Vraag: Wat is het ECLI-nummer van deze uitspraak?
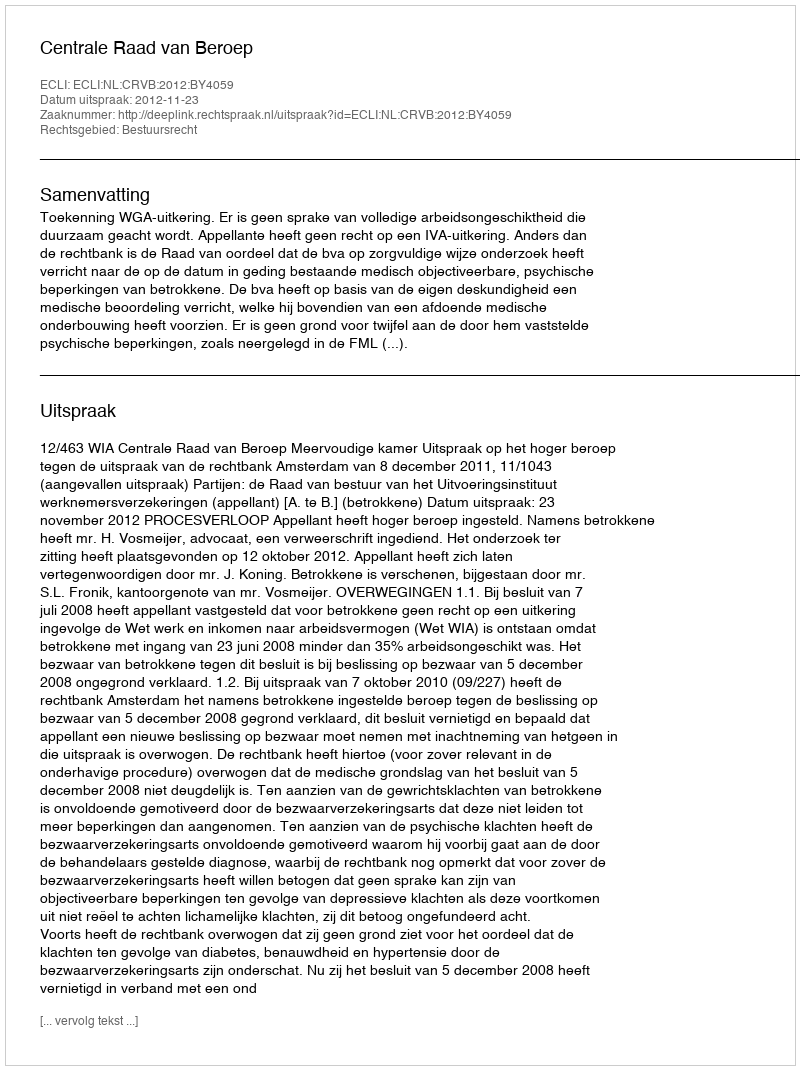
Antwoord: ECLI:NL:CRVB:2012:BY4059